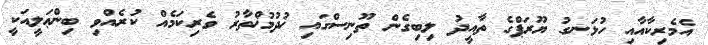
އެމެރިކާއާއި ހުޅަނގު ޔޫރަޕްގެ ތާއީދު ލިބިގެން ތޫނިސްގައި ޚުދުމުޚްތާރު ވެރިކަމެއް ކުރެއްވި ބިންޢަލީއަކީ